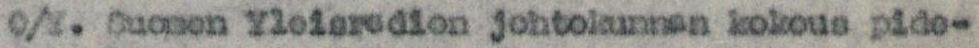
O/Y. Suomen Yleisradion johtokunnan kokous pide-